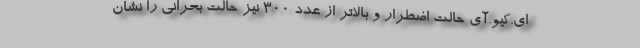
ای.کیو.آی حالت اضطرار و بالاتر از عدد ۳۰۰ نیز حالت بحرانی را نشان